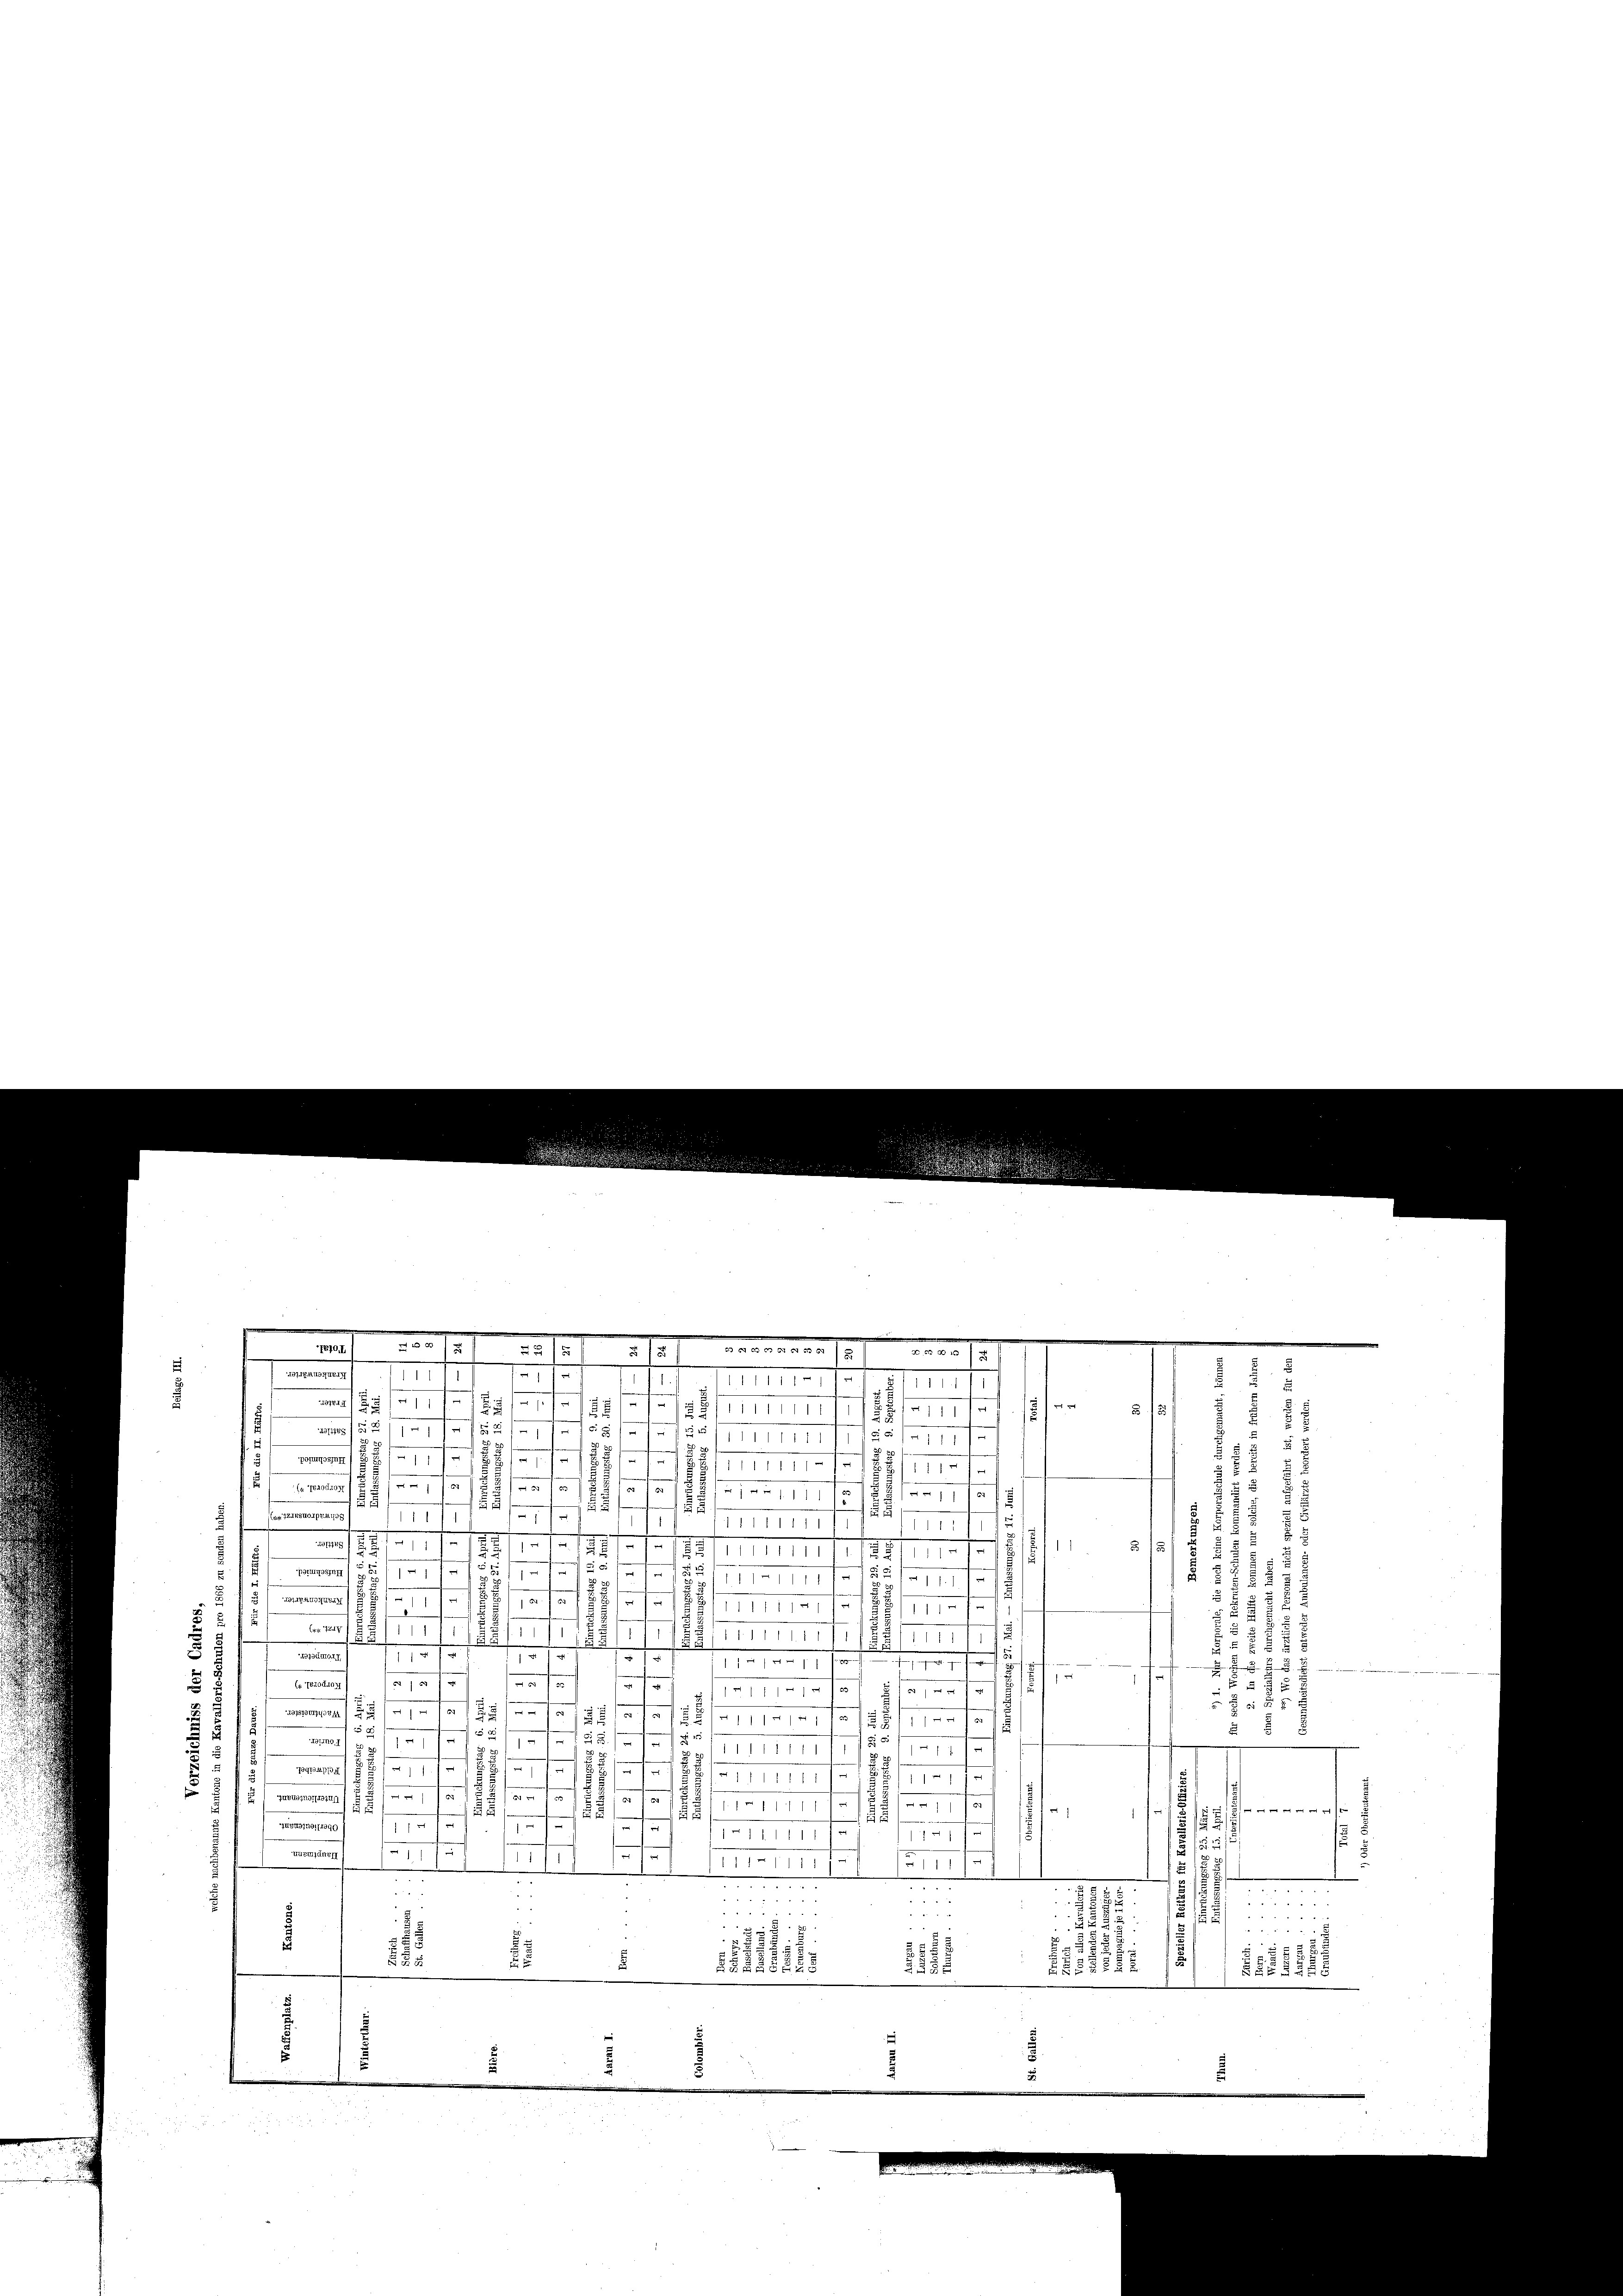
u

1870 I
No. 187
2.1905. 75. 12000. 75
u
.
t
ALBANAMMM 11/1

)
d
III
n
8
r
s
4111 18
1 11 t l. fer
11111111
u
.
.
,852/11/18
e
/11111111
/1 11
f
r
§ 2
8
11/12
PotS777
Simet
11
8
u
 nr 1881/3
No 15
e
1115 x
.
58
55
1
2
(LIZIESUOIprAUGg
111
e
111111
111
n
r
1
77729
e
5
e
2
1111
t
Pat35III
§. 11
e
1311
55 f 17
3111771
s
nmengen
/10.

8111111 11 (1285 f
.
8
(Nr. 78
I S 111
fl
.
115
188
t

5
49734mo.1)
1817
.
1
.
III. am 11

u
 f
.

(4. 784oduo
e
11311 f 18 f 12
e
 f 8 x
f
Pessimisti
188
e
e
“
 117 f 1

155
52
155
f
u
Grund,
 55
d
121
11. d. d. d. d. d. d.
.

M 189
u
mf
11
.
11
e

 Zuzuging 1941
 1175
§1110. 111 11 f 12
22
f
12
f
25

1
f
1
s
1711. 111 f 12

1
.
1
11
o 111 15.

.
2
2
¬
3
u
.
255
.
E
2125
182
1551
5
E
.
u
5
5
5

125